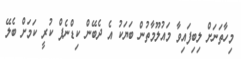
މިހާތަނަށް ލިބިފައިވާ މައުލޫމާތުން ބަޔަކު އެ ދެބޭން ކިޑްނެޕް ކުރީ ކަމަށް ބެލޭ